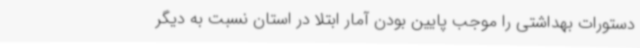
دستورات بهداشتی را موجب پایین بودن آمار ابتلا در استان نسبت به دیگر